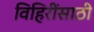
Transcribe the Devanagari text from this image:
विहिरींसाठी